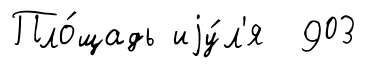
Пло́щадь иjу́л'я 903